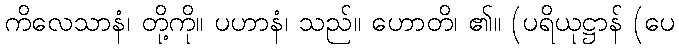
ကိလေသာနံ၊ တို့ကို။ ပဟာနံ၊ သည်။ ဟောတိ၊ ၏။ (ပရိယုဋ္ဌာန် (ပေ